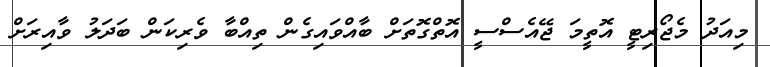
މިއަދު މެޖޯރިޓީ އޮތީމަ ޖޭއެސްސީ އޮތްގޮތަށް ބާއްވައިގެން ތިއްބާ ވެރިކަން ބަދަލު ވާއިރަށް